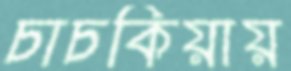
চাচকিয়ায়